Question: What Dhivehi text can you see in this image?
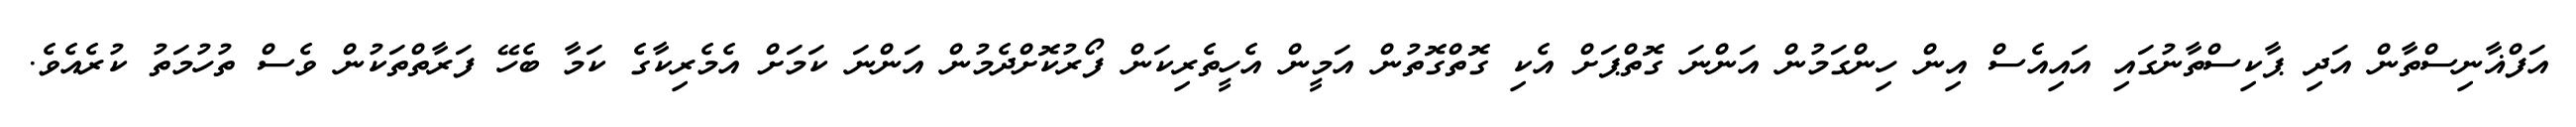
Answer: އަފްޣާނިސްތާން އަދި ޕާކިސްތާނުގައި އައިއެސް އިން ހިންގަމުން އަންނަ ގޮތްޕަށް އެކި ގޮތްގޮތުން އަމީން އެހީތެރިކަން ފޯރުކޮށްދެމުން އަންނަ ކަމަށް އެމެރިކާގެ ކަމާ ބެހޭ ފަރާތްތަކުން ވެސް ތުހުމަތު ކުރެއެވެ.